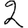
Digit: 2